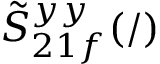
\tilde { S } _ { 2 1 f } ^ { y y } ( / )